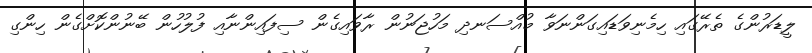
ލީޑަރުންގެ ތެރޭގައި ހިމެނިވަޑައިގަންނަވާ މުއްސަނދި މަހުޖަނުން ރާވައިގެން ސިފައިންނާއި ފުލުހުން ބޭނުންކޮށްގެން ހިންގި